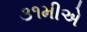
૩૧મીએ